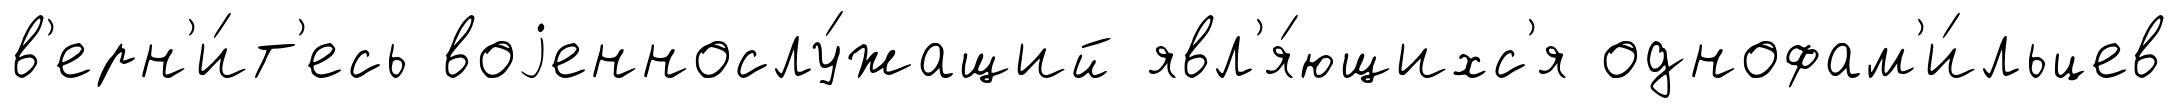
в'ерн'и́т'есь воjеннослу́жащий явл'я́ющихс'я однофам'и́льцев